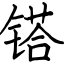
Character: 𨱏